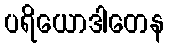
ပရိယောဒါတေန